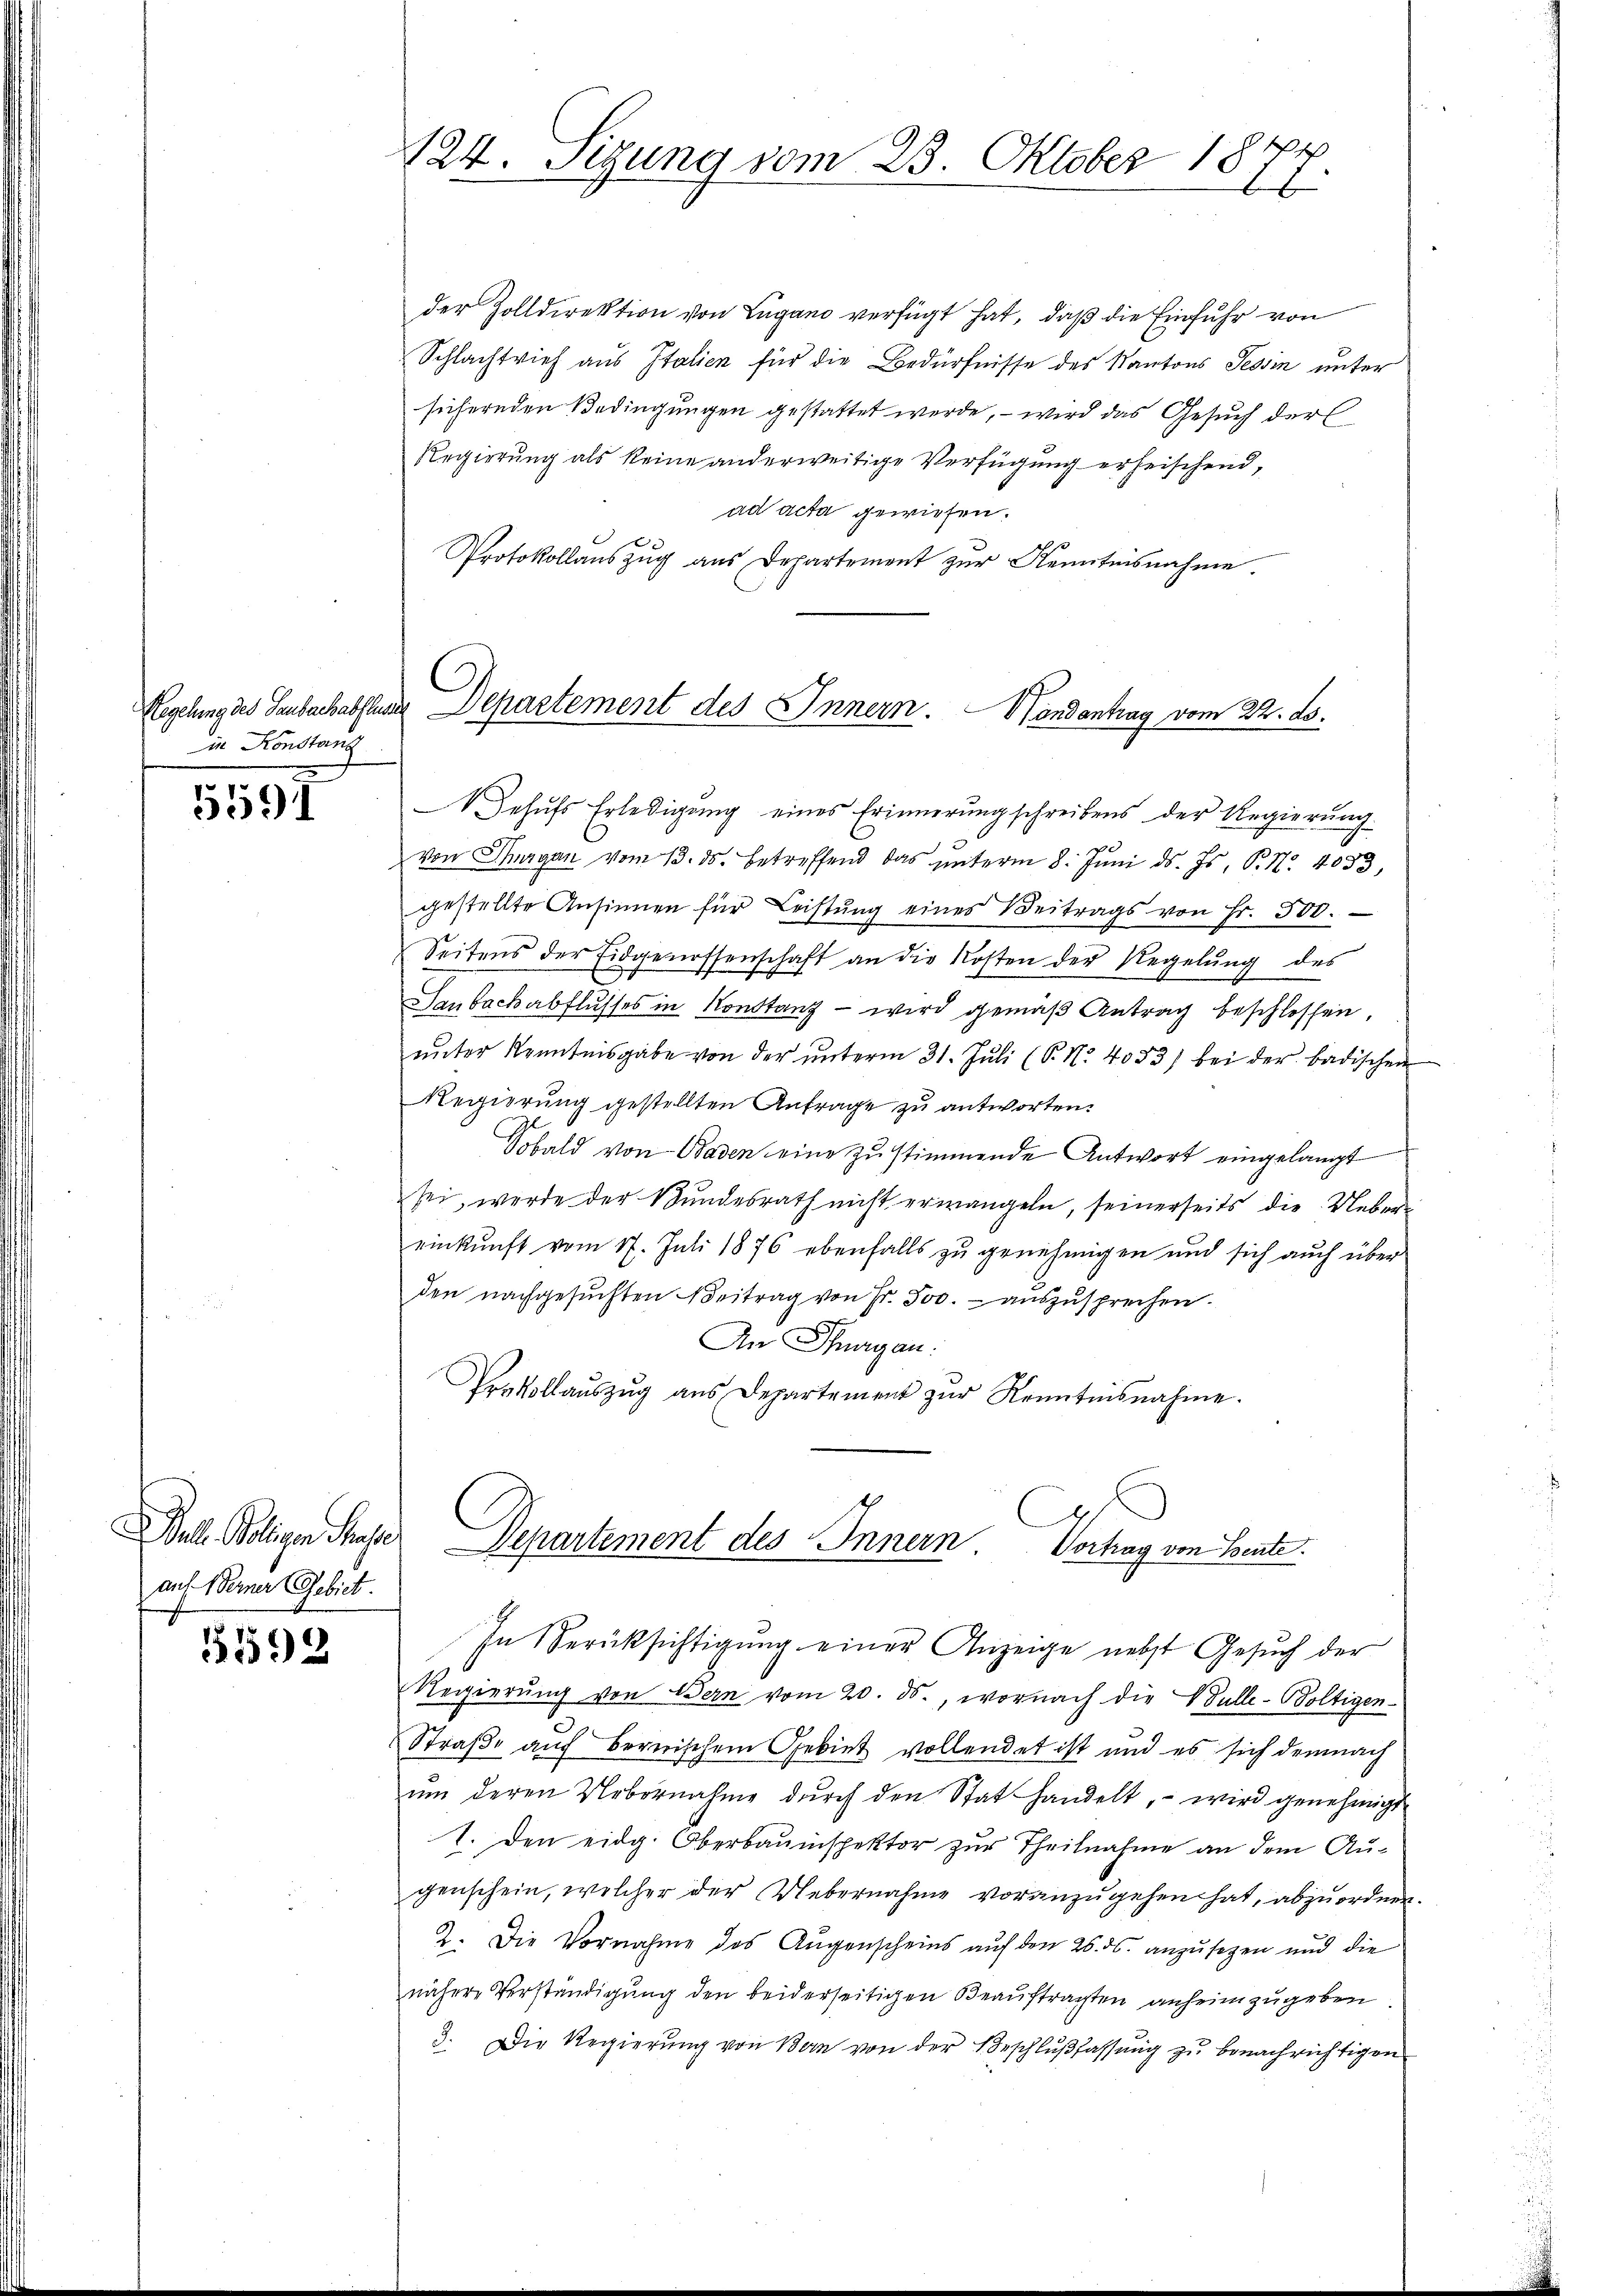
Hegelung des Laubach abflus
in Konstanz

597

rl. Religen Muse
auf Berner Gebiet.

5198

124. Sizung vom 23. Oktober 18
.

der Zolldirektion von Lugano verfügt hat, daß die Einfuhr von
Schlachtrief aus Italien für die Bedürfnisse des Kantons Tessin unter
sichernden Bedingungen gestattet werde, – wird das Gesuch der
Regierung als keine anderweitige Verfügung erheischend,
ad acta gewiesen.
Protokollauszug aus Departement zur Kenntnisnahme.

Jehufs Erledigung eines Erinnerung schreibens der Regierung
von Thurgau vom 13. ds. betreffend das ŭnterm 8. Jŭni d. Js. P. Nr. 4033,
gestellte Ansinnen für Leistŭng eines Beitrags von Fr. 500.
Seitens der Eidgenossenschaft an die Kosten der Regelŭng des
Gebackabflusses in Konstanz — wird gemäß Antrag beschlossen,
ŭnter Kenntnisgabe von der ŭnterm 31. Jŭli (P. Nr. 4083) bei der badischen
Regierung gestellten Anfrage zu antworten.
Sobald von Baden eine zu stimmende Antwort eingelangt
sei, werde der Bundesrath nicht erwangeln, seinerseits die Uebere
einkunft vom 17. Juli 1876 ebenfalls zu genehmigen und sich auch über
den nachgesŭchten Beitrag von Fr. 500.- aŭszŭsprechen.
An Thurgau.
Prevollaŭszŭg aŭs Departement zŭr Kenntnisnahme.

in Departement des Innern. Handantrag vom 22. ds.

Departement des Innern Vortrag von Bente.

In Berüksichtigŭng einer Anzeige nebst Gesŭch der
Regierung von Bern vom 20. ds., wornach die Bulle-Boltigen-
Straße auch bernischem Gebiet vollendet ist und es sich demnach
um deren Uebernahme durch den Stat handelt, – wird genehmigt
I. Den eidg. Oberbauinspektor zur Theilnahme an dem Augenschein, welcher der Uebernahme voranzŭgehen hat, abzuordnen.
2. Die Vornahme des Augenscheins auf den 26. ds. anzusegen und die
nähere Verständigŭng den beiderseitigen Beaŭftragten anheimzugeben.
3. Die Regierung von Bern von der Beschlußfassung zu benachrichtigen